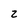
Character: 2